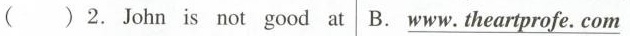
( )2.John is not good at B.\underline{www. theartprofe. com}